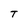
Character: T